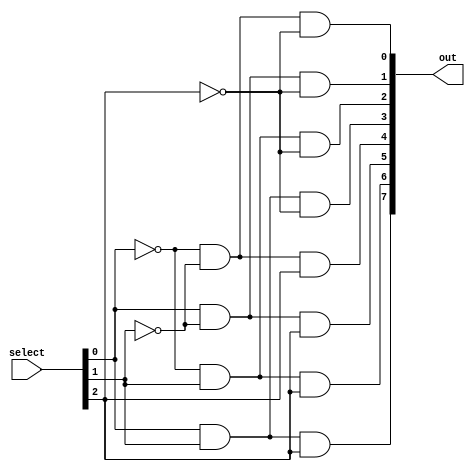
module decoder8(
    input [2:0] select,
    output [7:0] out
);

    wire[2:0] select_not;

    // Inverted bits
    not not0(select_not[0], select[0]);
    not not1(select_not[1], select[1]);
    not not2(select_not[2], select[2]);

    // Brute force
    and and0(out[0], select_not[0], select_not[1], select_not[2]);
    and and1(out[1], select[0], select_not[1], select_not[2]);
    and and2(out[2], select_not[0], select[1], select_not[2]);
    and and3(out[3], select[0], select[1], select_not[2]);
    and and4(out[4], select_not[0], select_not[1], select[2]);
    and and5(out[5], select[0], select_not[1], select[2]);
    and and6(out[6], select_not[0], select[1], select[2]);
    and and7(out[7], select[0], select[1], select[2]);

endmodule